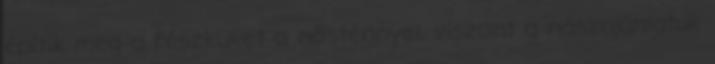
építik meg a fészküket a nősténnyel, viszont a nászajánlatuk